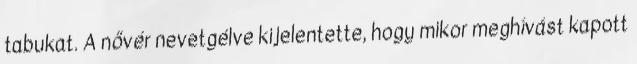
tabukat. A nővér nevetgélve kijelentette, hogy mikor meghívást kapott